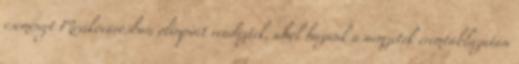
eseményt Mexikóvárosban olimpiát rendeztek, ahol hazánk a nemzetek éremtáblázatán